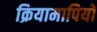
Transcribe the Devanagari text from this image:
क्रियामापियों